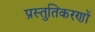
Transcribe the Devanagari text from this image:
प्रस्तुतिकरणों